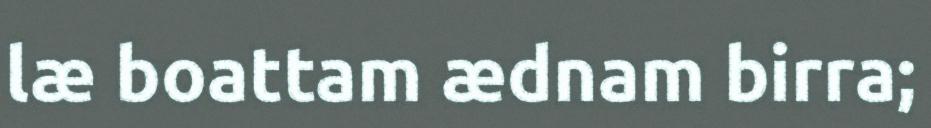
læ boattam ædnam birra;